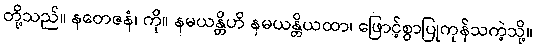
တို့သည်။ နတေဇနံ၊ ကို။ နမယန္တိဟိ နမယန္တိယထာ၊ ဖြောင့်စွာပြုကုန်သကဲ့သို့။